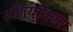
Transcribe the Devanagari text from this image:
हलियुतिका